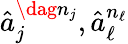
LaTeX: \hat{a}_{j}^{\dag n_{j}},\hat{a}_{\ell}^{n_{\ell}}